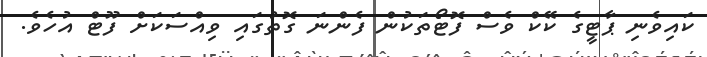
ކައިވެނި ޕާޓީގެ ކޭކް ވެސް ފޮޓޯތަކުން ފެންނަ ގޮތުގައި ވިއްސަކަށް ފޫޓް އުހެވެ.